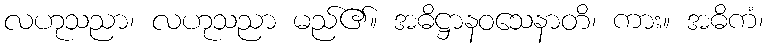
လဟုသညာ၊ လဟုသညာ မည်၏။ အဓိဋ္ဌာနဝသေနာတိ၊ ကား။ အဓိကံ၊